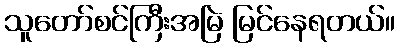
သူတော်စင်ကြီးအမြဲ မြင်နေရတယ်။